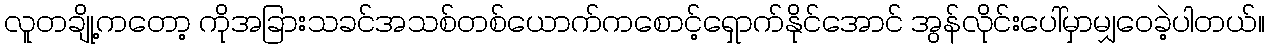
လူတချို့ကတော့ ကိုအခြားသခင်အသစ်တစ်ယောက်ကစောင့်ရှောက်နိုင်အောင် အွန်လိုင်းပေါ်မှာမျှဝေခဲ့ပါတယ်။